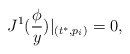
\begin{align*}J^1(\frac \phi y)|_{(t^{*},p_i)}=0,\end{align*}